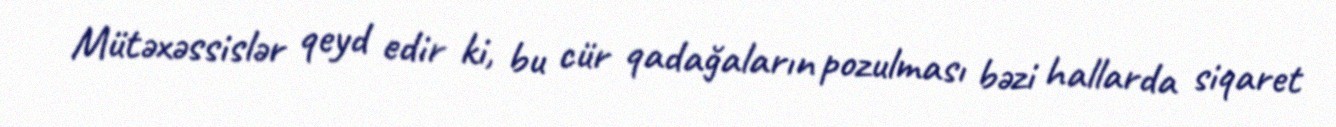
Mütəxəssislər qeyd edir ki, bu cür qadağaların pozulması bəzi hallarda siqaret